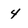
Character: 4